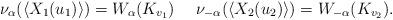
LaTeX: \begin{align*}\nu_{\alpha}(\langle X_1(u_1) \rangle) = W_{\alpha}(K_{v_1}) \ \ \ \ \nu_{-\alpha}(\langle X_2(u_2) \rangle) = W_{-\alpha}(K_{v_2}).\end{align*}